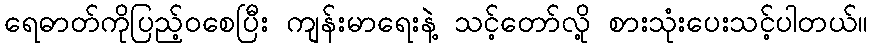
ရေဓာတ်ကိုပြည့်ဝစေပြီး ကျန်းမာရေးနဲဲ့ သင့်တော်လို့ စားသုံးပေးသင့်ပါတယ်။